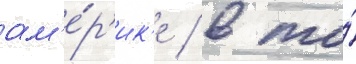
ам'е́р'ик'е / в то́